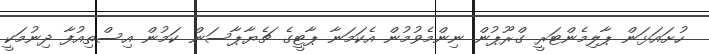
ހުށައަޅަން ޕާލިމެންޓަރީ ގްރޫޕުން ނިންމެވުމުން އެކަމަނާ ޕާޓީގެ ޗެޔާޕާސަން ކަމުން އިސްތިއުފާ ދިނުމަކީ